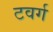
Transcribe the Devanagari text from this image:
टवर्ग